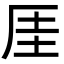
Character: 厓